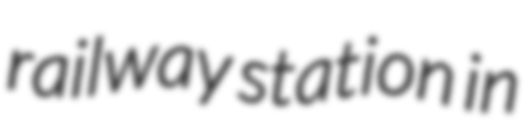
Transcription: railway station in